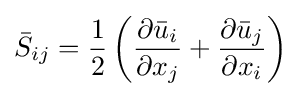
{\bar {S}}_{ij}={\frac {1}{2}}\left({\frac {\partial {\bar {u}}_{i}}{\partial x_{j}}}+{\frac {\partial {\bar {u}}_{j}}{\partial x_{i}}}\right)